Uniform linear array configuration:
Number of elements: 12
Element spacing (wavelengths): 0.5
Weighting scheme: hamming
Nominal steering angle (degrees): -60
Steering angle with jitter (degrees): -58.471
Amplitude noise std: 0.05
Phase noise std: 0.05

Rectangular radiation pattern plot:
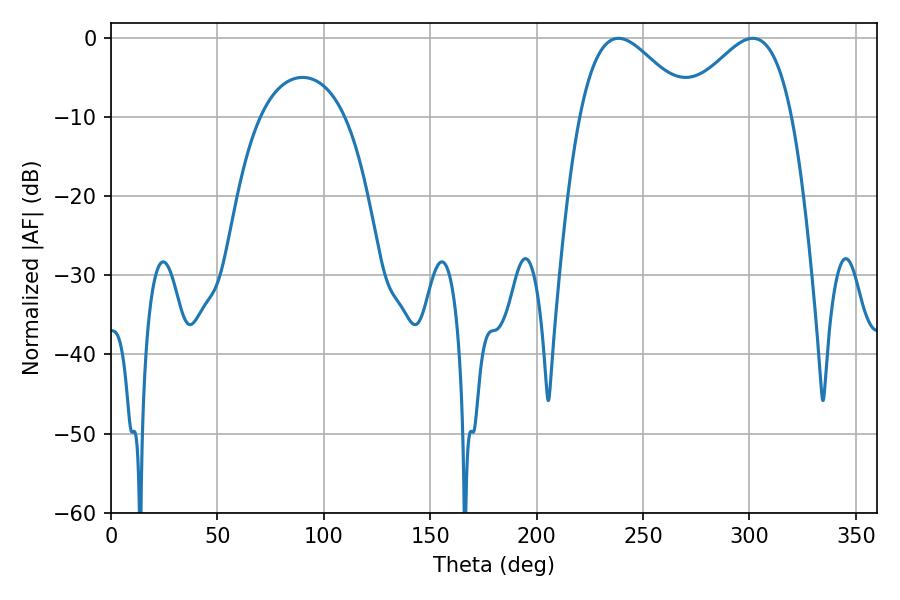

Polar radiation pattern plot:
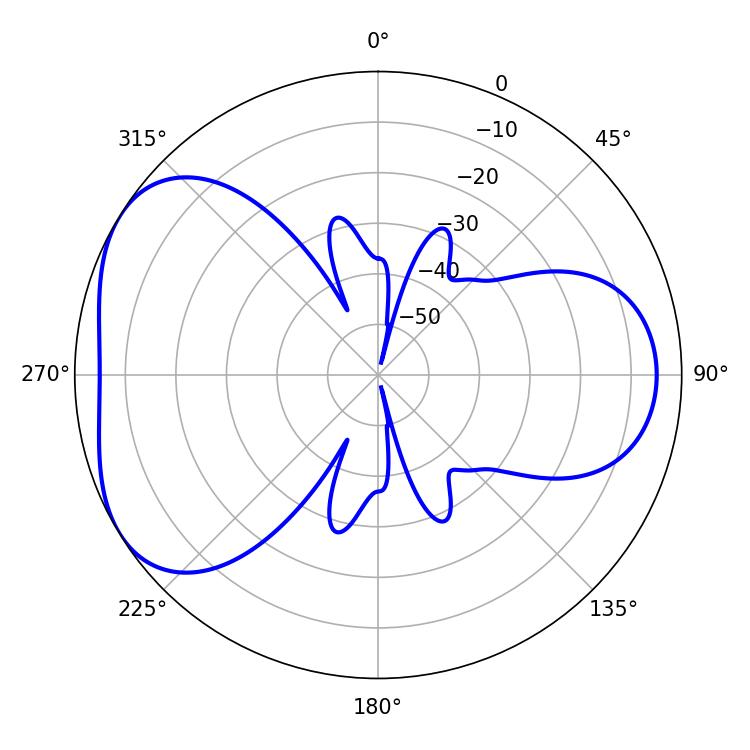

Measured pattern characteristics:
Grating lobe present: FALSE
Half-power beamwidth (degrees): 27.9
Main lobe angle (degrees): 238.5